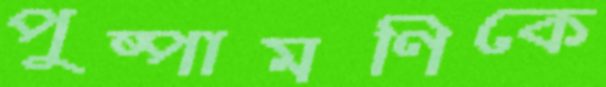
পুষ্পামণিকে